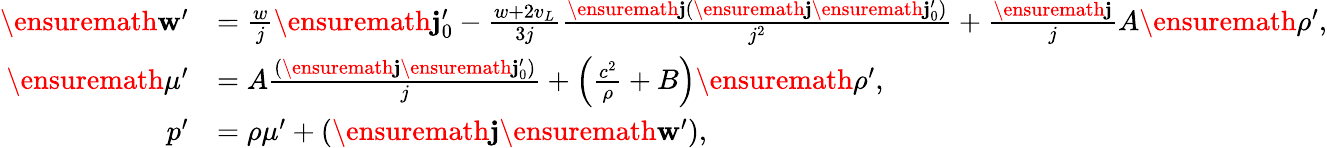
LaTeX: \begin{array}{rl}{\ensuremath{\mathbf{w}^{\prime}}}&{=\frac{w}{j}\ensuremath{\mathbf{j}_{0}^{\prime}}-\frac{w+2v_{L}}{3j}\frac{\ensuremath{\mathbf{j}}(\ensuremath{\mathbf{j}}\ensuremath{\mathbf{j}_{0}^{\prime}})}{j^{2}}+\frac{\ensuremath{\mathbf{j}}}{j}A\ensuremath{\rho^{\prime}},}\\ {\ensuremath{\mu^{\prime}}}&{=A\frac{(\ensuremath{\mathbf{j}}\ensuremath{\mathbf{j}_{0}^{\prime}})}{j}+\left(\frac{c^{2}}{\rho}+B\right)\ensuremath{\rho^{\prime}},}\\ {p^{\prime}}&{=\rho\mu^{\prime}+(\ensuremath{\mathbf{j}}\ensuremath{\mathbf{w}^{\prime}}),}\end{array}